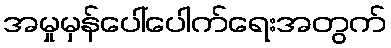
အမှုမှန်ပေါ်ပေါက်ရေးအတွက်